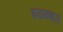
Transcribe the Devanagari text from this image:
इमामबारा